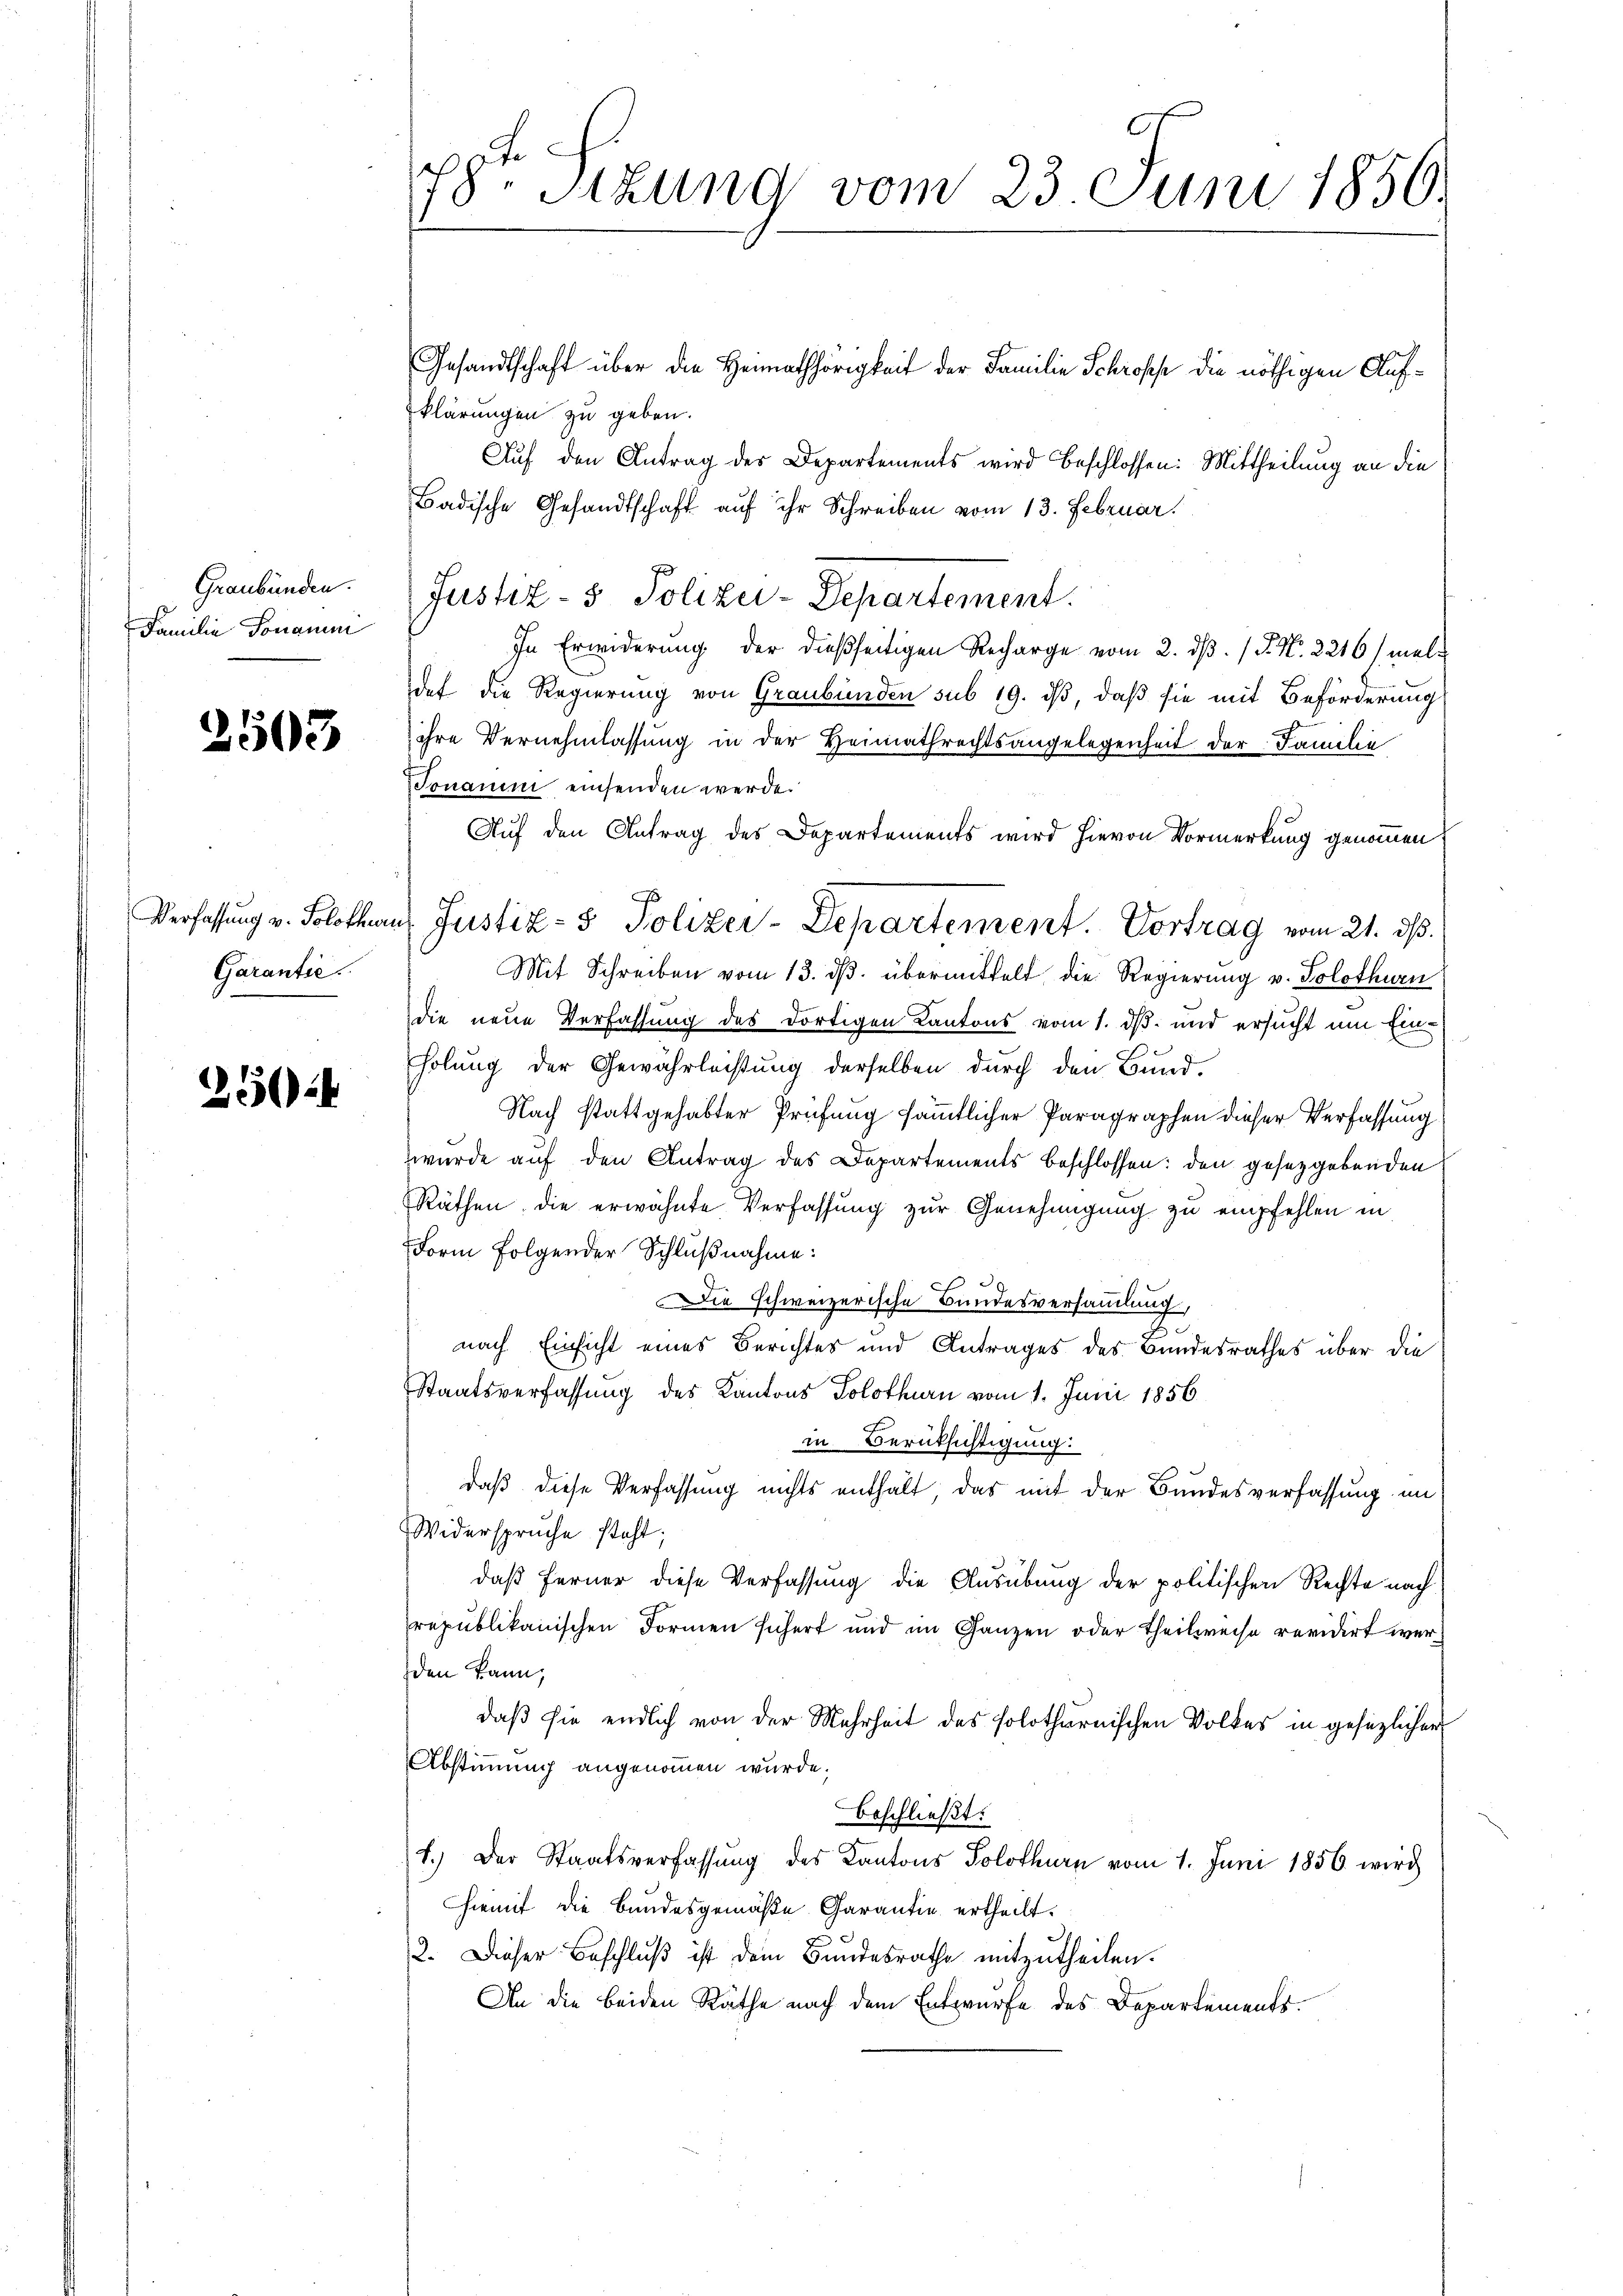
Graubünden.
Familie Tonamni

2503

Verfassung v. Solothur
Garantie.

250

t.
f
18. Sitzung vom 23 Juni 1850.

Gesandtschaft über die Heimathörigkeit der Familie Schroffe die nöthigen Aufklärungen zu geben.
Auf den Antrag des Departements wird beschlossen: Mittheilung an die
Badische Gesandtschaft auf ihr Schreiben vom 13. Februar.
Justiz- & Polizei-Departement.
In Erwiderung der dießseitigen Recharge vom 2. dβ. / P. Nr. 2216/ meldet die Regierung von Graubünden sub 19. dβ, daß sie mit Beförderung
ihre Vernehmlassung in der Heimathrechtsangelegenheit der Familie
onauen einsenden werde.
Auf den Antrag des Departements wird hievon Vormerkung genommen
Mit Schreiben vom 13. dβ. übermittelt die Regierung v. Solothurn
die neue Verfassung des dortigen Kantons vom 1. ds. und ersucht um Einholung der Gewährleistung derselben durch den Bund-
Nach stattgehabter Prüfung sämmtlicher Paragraphen dieser Verfassung
wurde auf den Antrag des Departements beschlossen: den gesetzgebenden
Räthen, die erwähnte Verfassung zur Genehmigung zu empfehlen in
Form folgender Schlußnahme:
ie schweizerische Bundesversammlung,
nach Einsicht eines Berichtes und Antrages des Bundesrathes über die
Staatsverfassung des Kantons Solothurn vom 1. Juni 1856
in Berüksichtigung:
daß diese Verfassung nichts enthalt, das mit der Bundesverfassung im
Widerspruche steht;
daß ferner diese Verfassung die Ausübung der politischen Rechte nach
republikanischen Formen sichert und im Ganzen oder Theilweise revidirt werden kann,
daß sie endlich von der Mehrheit des solothurnischen Volkes in gesezlicher
Abstimmung angenommen wurde.
beschließt:
1.) Der Staatsverfassŭng des Kantons Solothurn vom 1. Juni 1856 wird
Hiemit die Bundesgemäße Garantie ertheilt.
2. Dieser Beschluß ist dem Bundesrathe mitzutheilen.
An die beiden Räthe nach dem Entwurfe des Departements.

Justiz- & Polizer-Departement. Vortrag vom 21. ds.